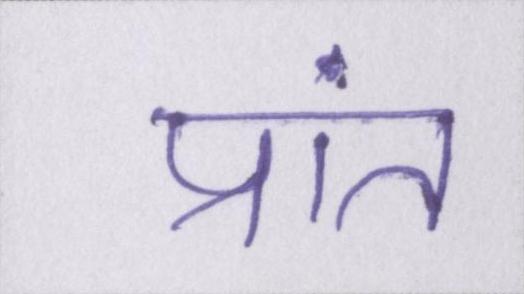
प्रांत